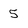
Character: 5